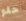
حلو